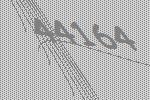
44164